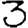
Digit: 3